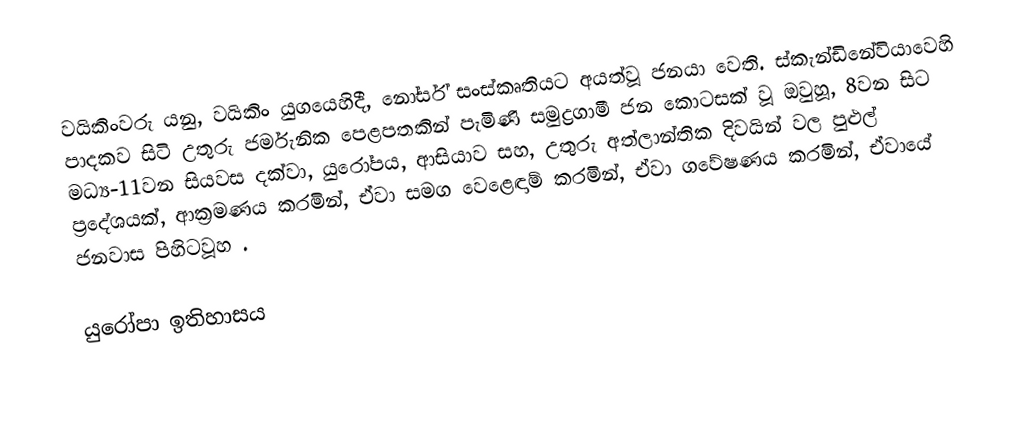
වයිකිංවරු  යනු, වයිකිං යුගයෙහිදී, නෝර්ස් සංස්කෘතියට අයත්වූ ජනයා වෙති. ස්කැන්ඩිනේවියාවෙහි පාදකව සිටි උතුරු ජර්මැනික පෙළපතකින් පැමිණි සමුද්‍රගාමී ජන කොටසක් වූ ඔවුහූ, 8වන සිට මධ්‍ය-11වන සියවස දක්වා, යුරෝපය, ආසියාව සහ, උතුරු අත්ලාන්තික දිවයින් වල පුළුල් ප්‍රදේශයක්, ආක්‍රමණය කරමින්, ඒවා සමග වෙළෙඳාම් කරමින්, ඒවා ගවේෂණය කරමින්, ඒවායේ ජනවාස පිහිටවූහ .

යුරෝපා ඉතිහාසය